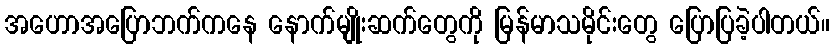
အဟောအပြောဘက်ကနေ နောက်မျိုးဆက်တွေကို မြန်မာသမိုင်းတွေ ပြောပြခဲ့ပါတယ်။